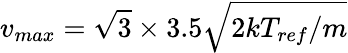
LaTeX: v_{max}=\sqrt{3}\times 3.5\sqrt{{2kT_{ref}}/{m}}